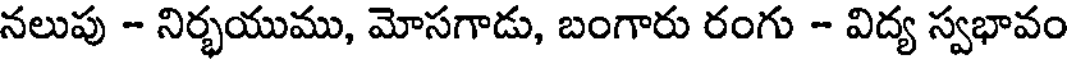
నలుపు - నిర్భయుము, మోసగాడు, బంగారు రంగు - విద్య స్వభావం